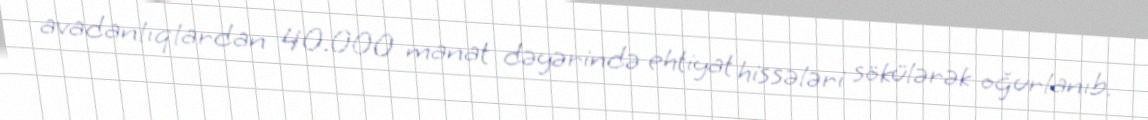
avadanlıqlardan 40.000 manat dəyərində ehtiyat hissələri sökülərək oğurlanıb.